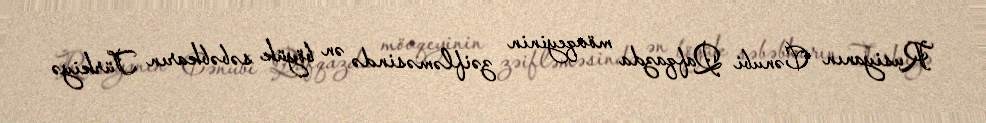
Rusiyanın Cənubi Qafqazda mövqeyinin zəifləməsində ən böyük səbəbkarın Türkiyə